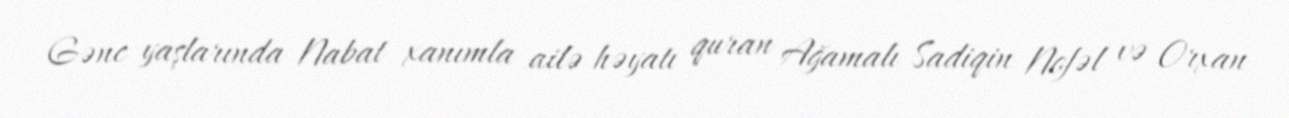
Gənc yaşlarında Nabat xanımla ailə həyatı quran Ağamalı Sadiqin Nofəl və Orxan